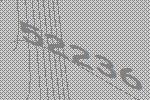
52236